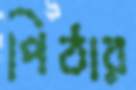
পিঠার